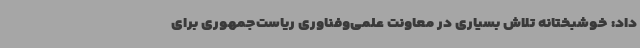
داد: خوشبختانه تلاش بسیاری در معاونت علمی‌وفناوری ریاست‌جمهوری برای